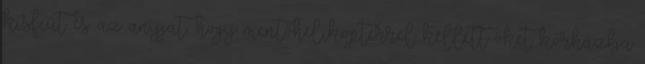
kisfiút és az anyját, hogy mentőhelikopterrel kellett őket kórházba